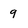
Character: q